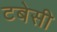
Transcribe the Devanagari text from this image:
टबेसी